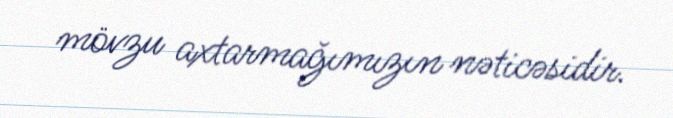
mövzu axtarmağımızın nəticəsidir.